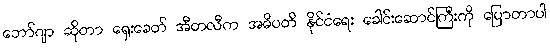
ဘော်ဂျာ ဆိုတာ ရှေးခေတ် အီတလီက အဓိပတိ နိုင်ငံရေး ခေါင်းဆောင်ကြီးကို ပြောတာပါ